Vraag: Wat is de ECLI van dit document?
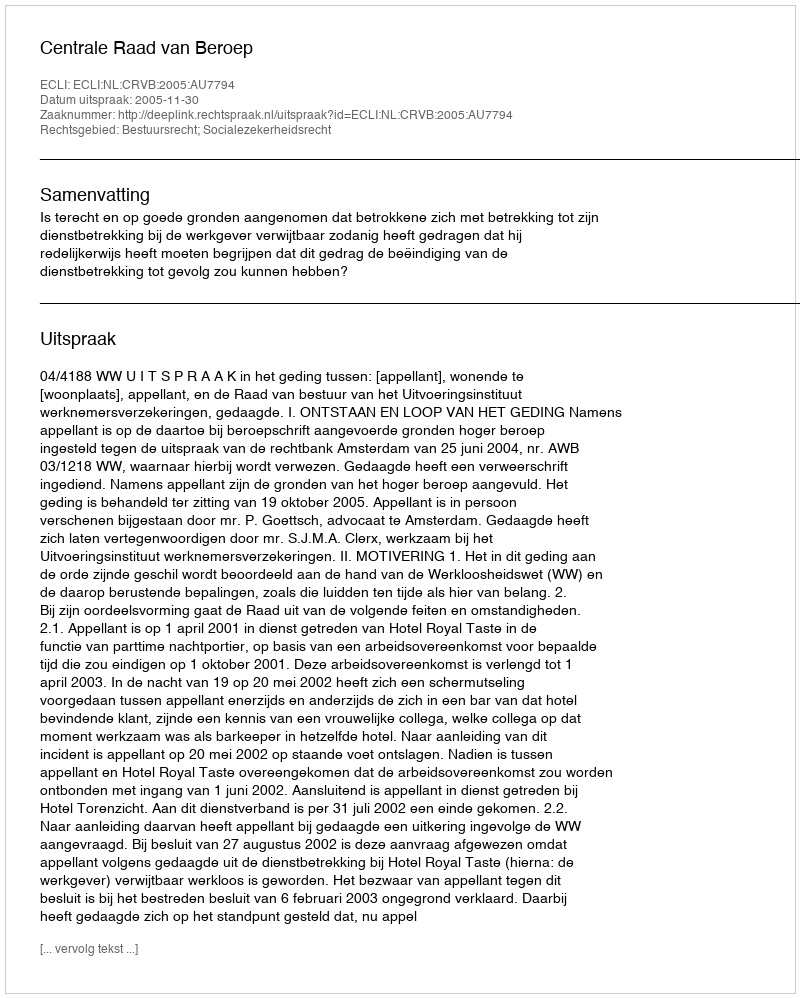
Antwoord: ECLI:NL:CRVB:2005:AU7794